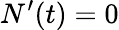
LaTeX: N^{\prime}(t)=0